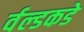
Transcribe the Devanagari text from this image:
र्वल्डकडे